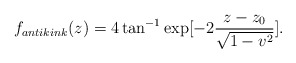
\begin{align*}f_{antikink}(z)=4 \tan^{-1} \exp[-2\frac{z-z_0}{\sqrt{1-v^2}}]. \end{align*}